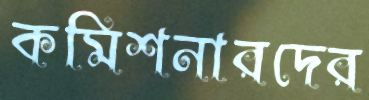
কমিশনারদের